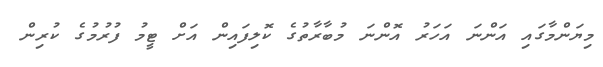
މިޔަންމާގައި އަންނަ އަހަރު އޮންނަ މުބާރާތުގެ ކޮލިފައިން އަށް ޓީމު ފުރުމުގެ ކުރިން